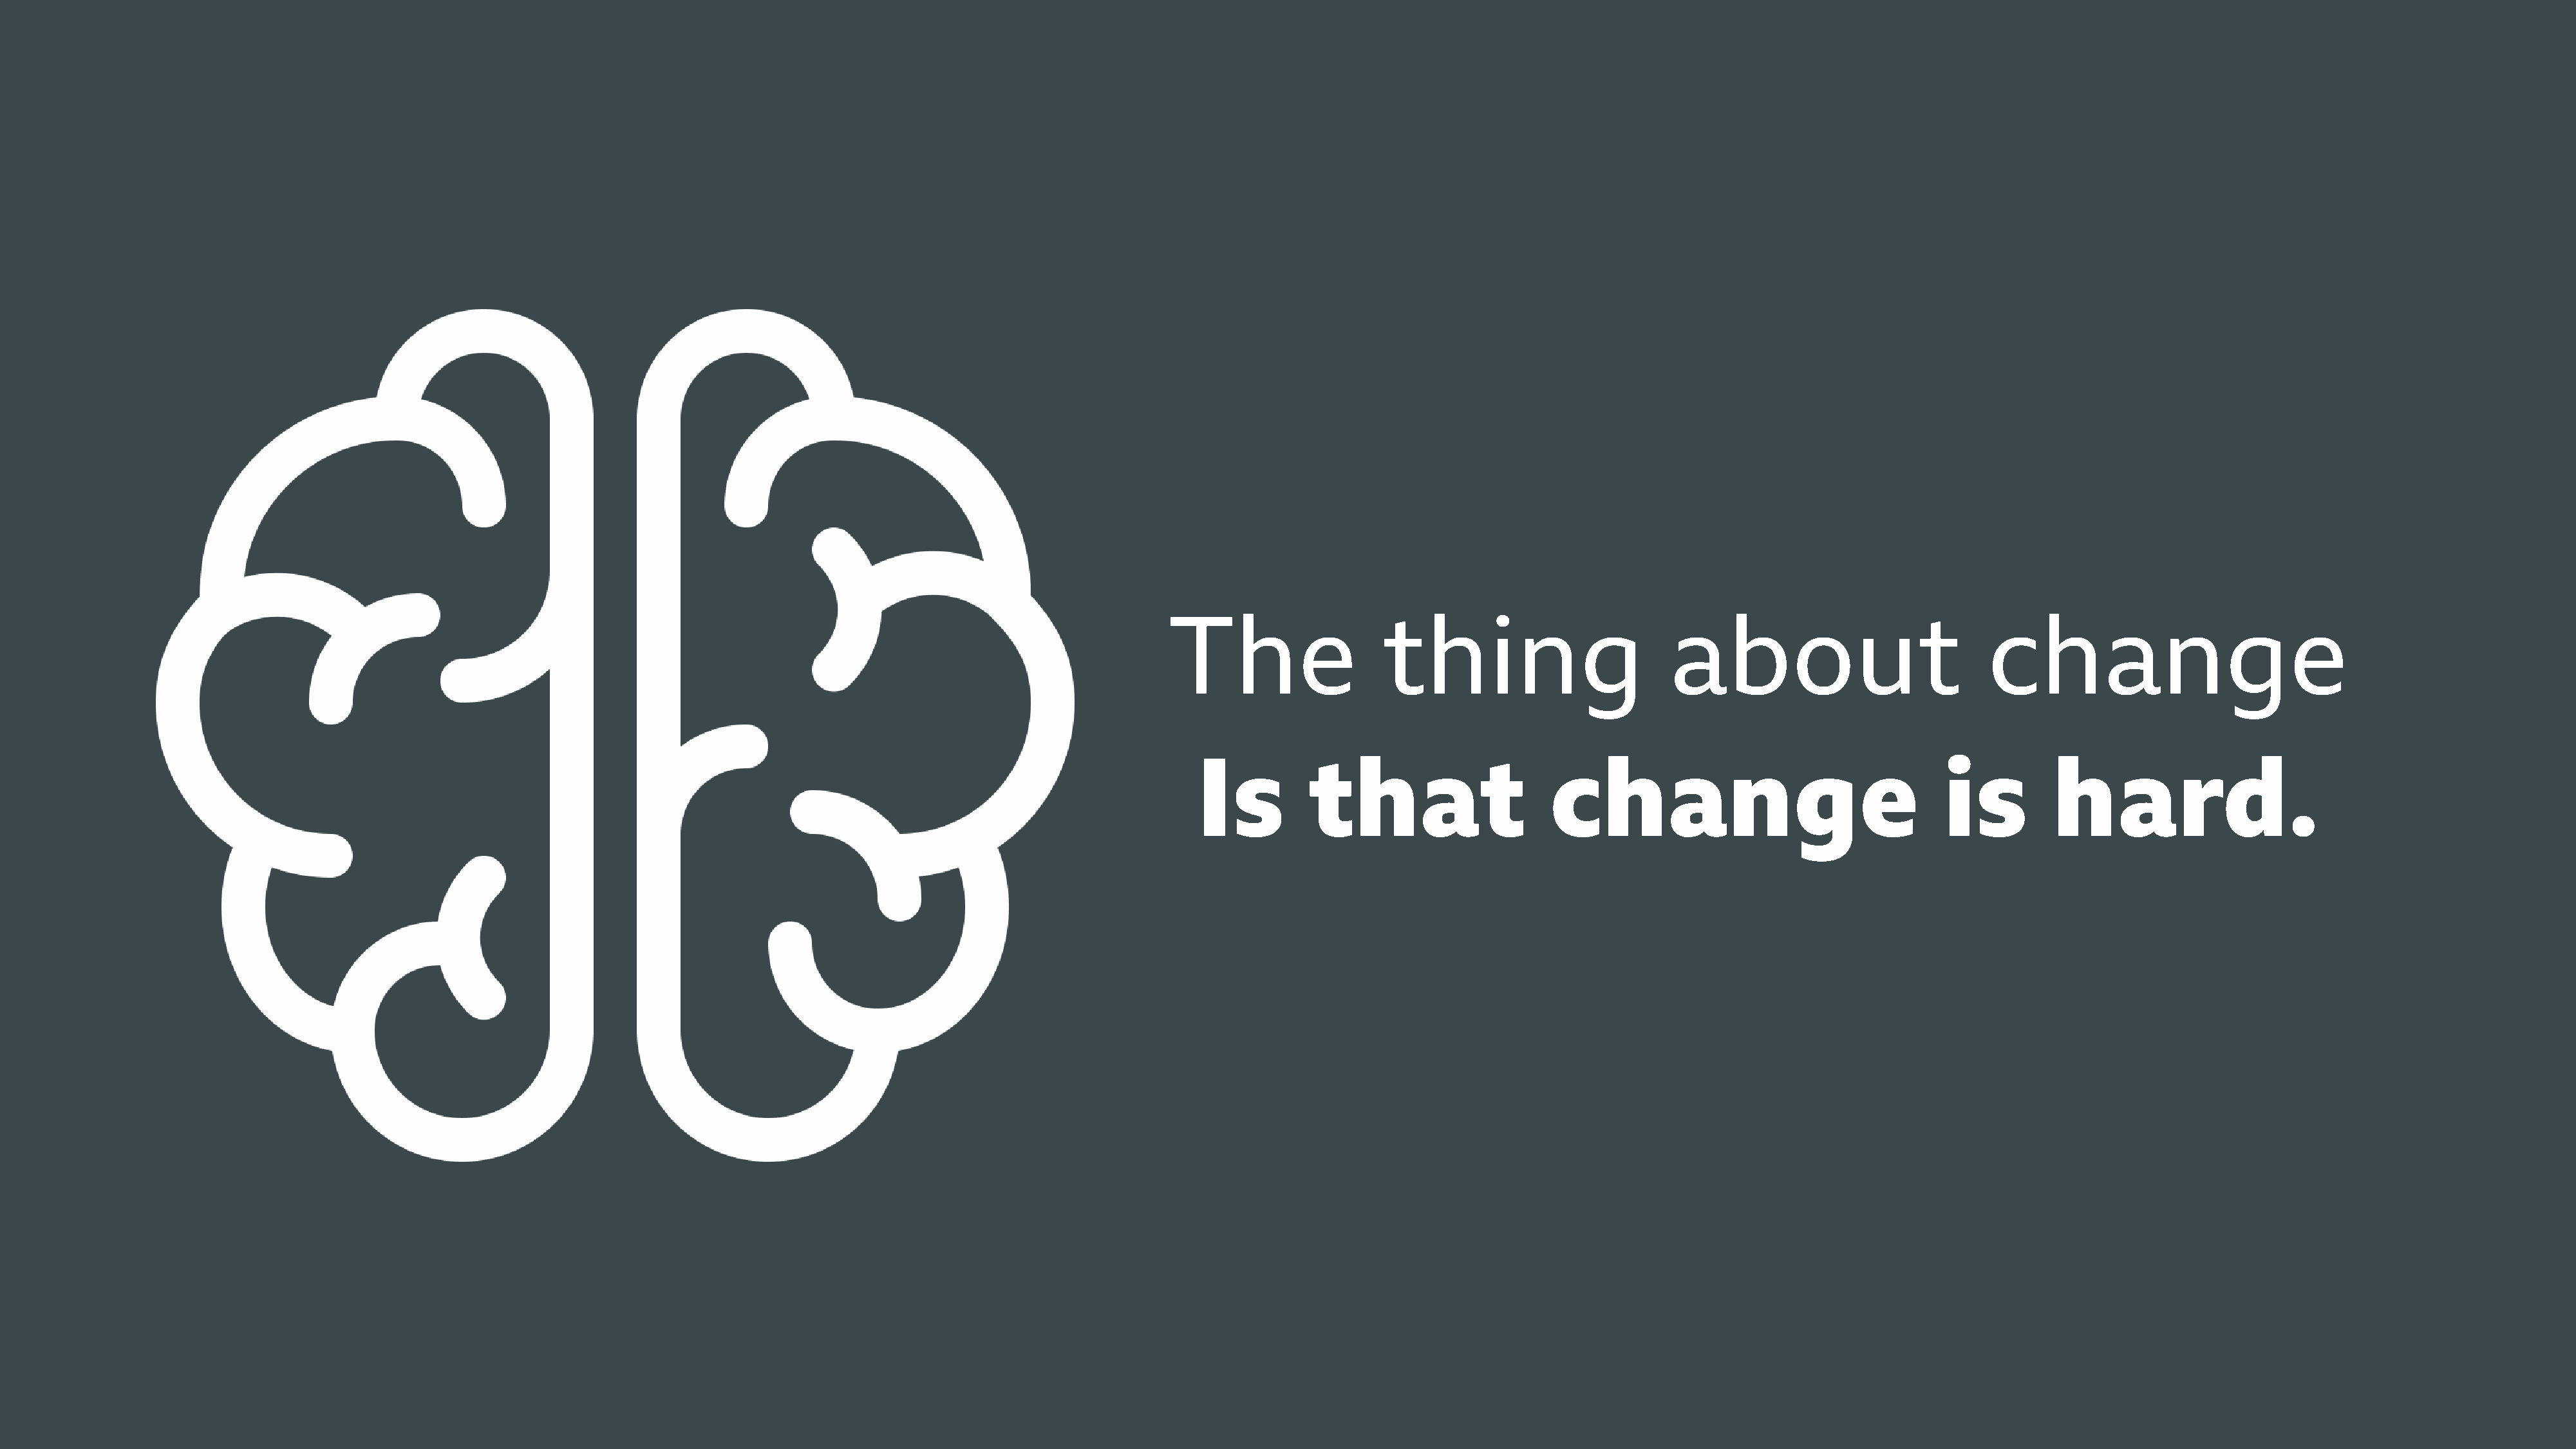
The                   thing                         about                           change
 Is          that                    change                                   is         hard.